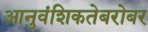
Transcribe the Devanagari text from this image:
आनुवंशिकतेबरोबर